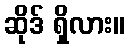
ဆိုဒ် ရှိလား။